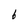
Character: 6